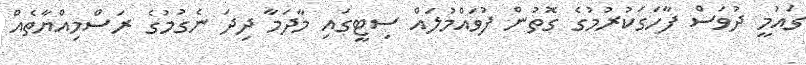
ގައުމީ ދުވަސް ފާހަގަކުރުމުގެ ގޮތުން ފުވައްމުލައް ސިޓީގައި މާދަމާ ދިދަ ނެގުމުގެ ރަސްމިއްޔާތެއް